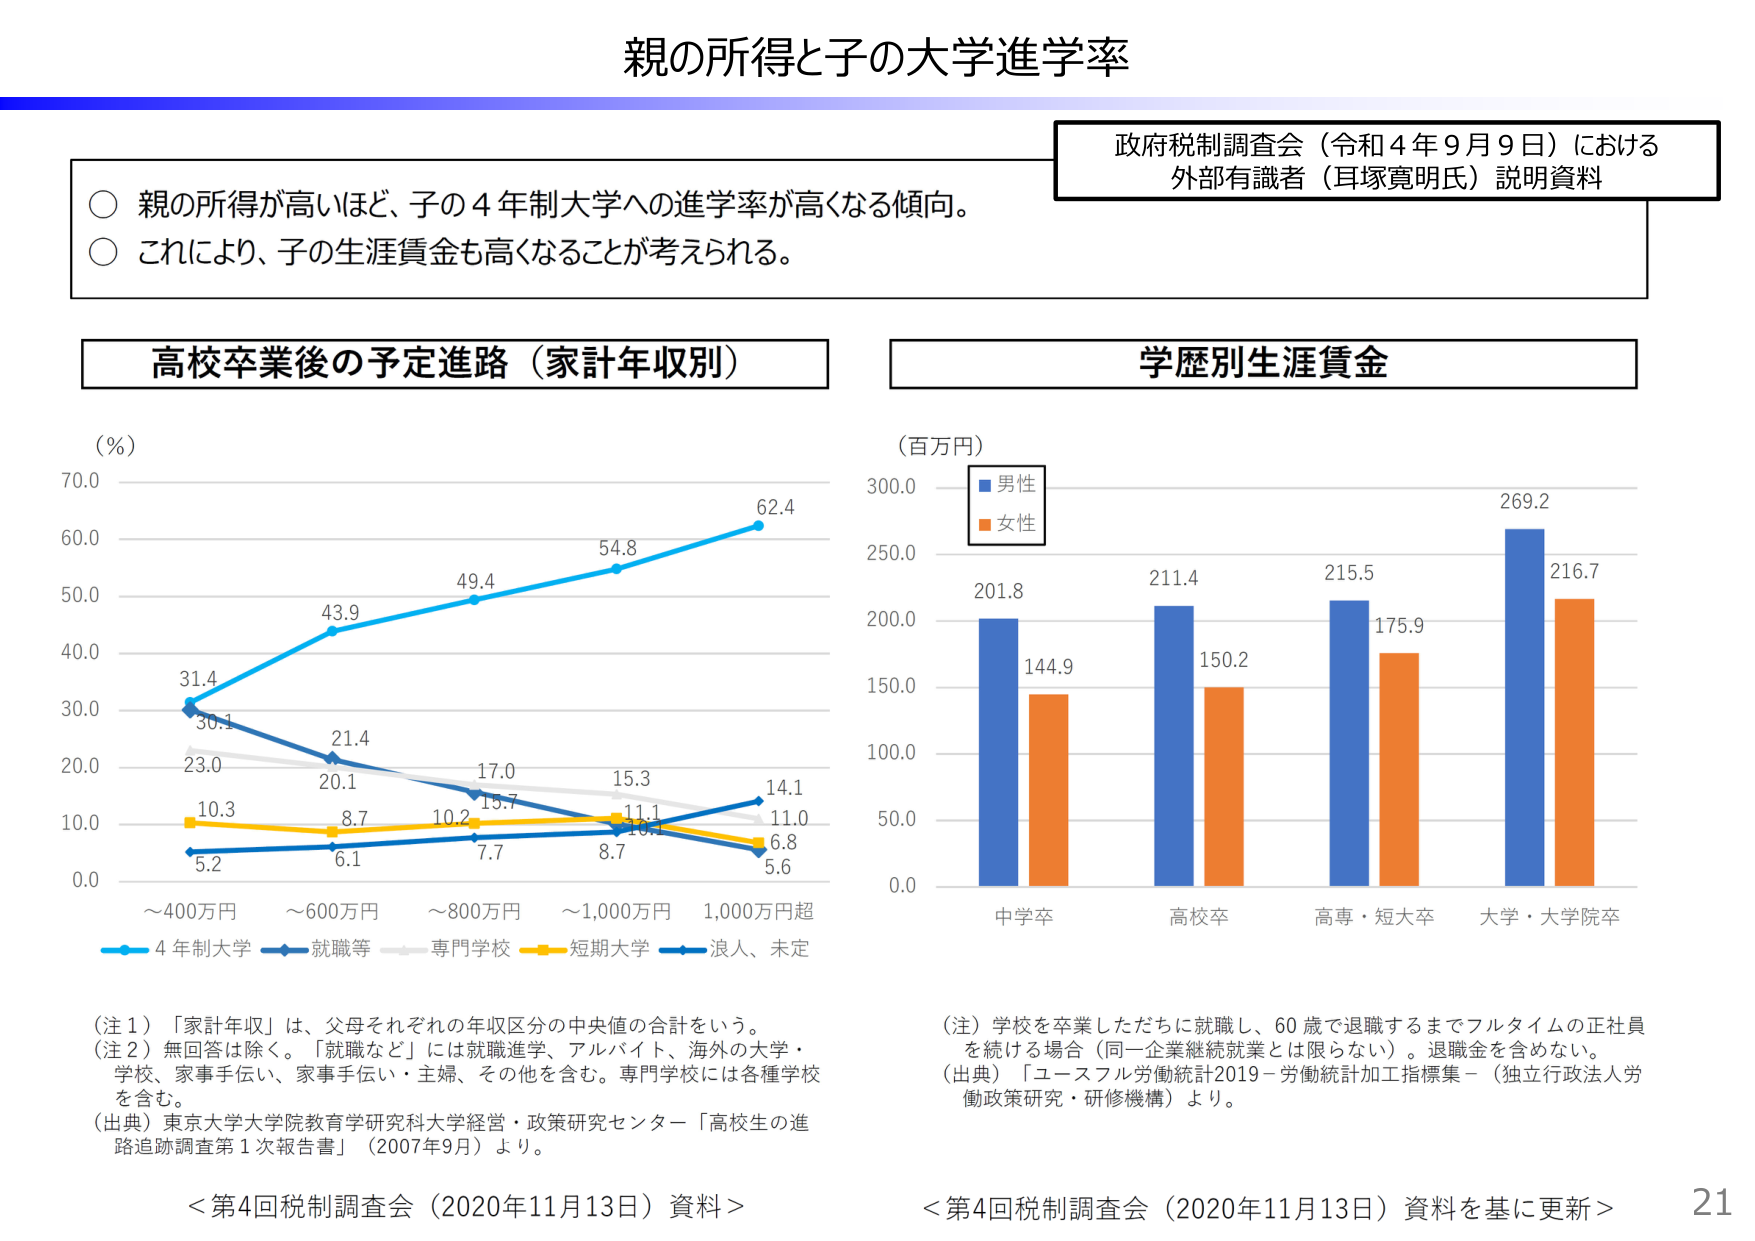
親の所得と子の大学進学率

政府税制調査会（令和４年９月９日）における
外部有識者（耳塚寛明氏）説明資料

○ 親の所得が高いほど、子の４年制大学への進学率が高くなる傾向。
○ これにより、子の生涯賃金も高くなることが考えられる。

高校卒業後の予定進路（家計年収別）

（％）
70.0
60.0
50.0
40.0
30.0
20.0
10.0
0.0

31.4
30.1
23.0
10.3
5.2

43.9
21.4
20.1
8.7
6.1

49.4
17.0
15.7
10.2
7.7

54.8
15.3
11.1
8.7
6.8

62.4
14.1
11.0
5.6

～400万円
～600万円
～800万円
～1,000万円
1,000万円超

■ 4年制大学
■ 就職等
■ 専門学校
■ 短期大学
■ 浪人、未定

（注１）「家計年収」は、父母それぞれの年収区分の中値の合計をいう。
（注２）無回答は除く。「就職など」には就職進学、アルバイト、海外の大学・
学校、家事手伝い、家事手伝い・主婦、その他を含む。専門学校には各種学校
を含む。
（出典）東京大学大学院教育学研究科大学経営・政策研究センター「高校生の進
路追跡調査第１次報告書」（2007年9月）より。

＜第4回税制調査会（2020年11月13日）資料＞

学歴別生涯賃金

（百万円）

■ 男性
■ 女性

300.0
250.0
200.0
150.0
100.0
50.0
0.0

201.8
144.9

211.4
150.2

215.5
175.9

269.2
216.7

中学卒
高校卒
高専・短大卒
大学・大学院卒

（注）学校を卒業しただちに就職し、60歳で退職するまでフルタイムの正社員
を続ける場合（同一企業継続就業とは限らない）。退職金を含めない。
（出典）「ユースフル労働統計2019－労働統計加工指標集－（独立行政法人労
働政策研究・研修機構）より。

＜第4回税制調査会（2020年11月13日）資料を基に更新＞

21